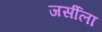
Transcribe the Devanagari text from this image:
जर्सीला